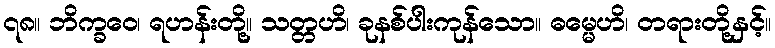
၇၈။ ဘိက္ခဝေ၊ ရဟန်းတို့။ သတ္တဟိ၊ ခုနစ်ပါးကုန်သော။ ဓမ္မေဟိ၊ တရားတို့နှင့်။